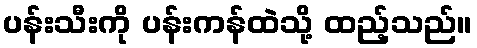
ပန်းသီးကို ပန်းကန်ထဲသို့ ထည့်သည်။